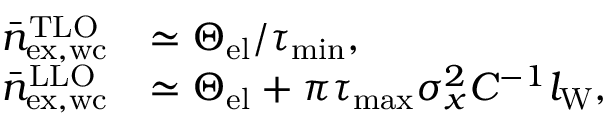
\begin{array} { r l } { \bar { n } _ { \mathrm { e x , w c } } ^ { \mathrm { T L O } } } & { \simeq \Theta _ { \mathrm { e l } } / \tau _ { \mathrm { m i n } } , } \\ { \bar { n } _ { \mathrm { e x , w c } } ^ { \mathrm { L L O } } } & { \simeq \Theta _ { \mathrm { e l } } + \pi \tau _ { \mathrm { m a x } } \sigma _ { x } ^ { 2 } C ^ { - 1 } l _ { \mathrm { W } } , } \end{array}